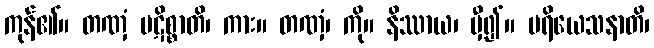
ကုန်၏။ တဏှံ ပဋိစ္စာတိ၊ ကား။ တဏှံ၊ ကို။ နိဿာယ၊ မှီ၍။ ပရိယေသနာတိ၊